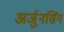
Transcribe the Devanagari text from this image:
अर्जुनसिंग